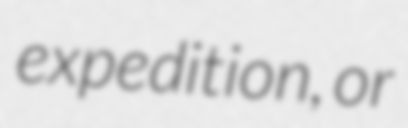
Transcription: expedition, or